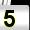
Digit: 5